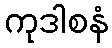
ကုဒါစနံ